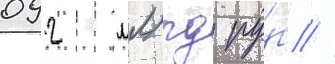
092 млрд ру́б //